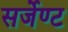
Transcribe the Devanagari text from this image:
सर्जेण्ट